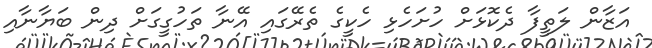
އަޒާން ލަތީފާ ދެކޮޅަށް ހުށަހެޅި ހެކީގެ ތެރޭގައި އޭނާ ތަހުގީގަށް ދިން ބަޔާނާއި